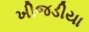
ખીજડીયા